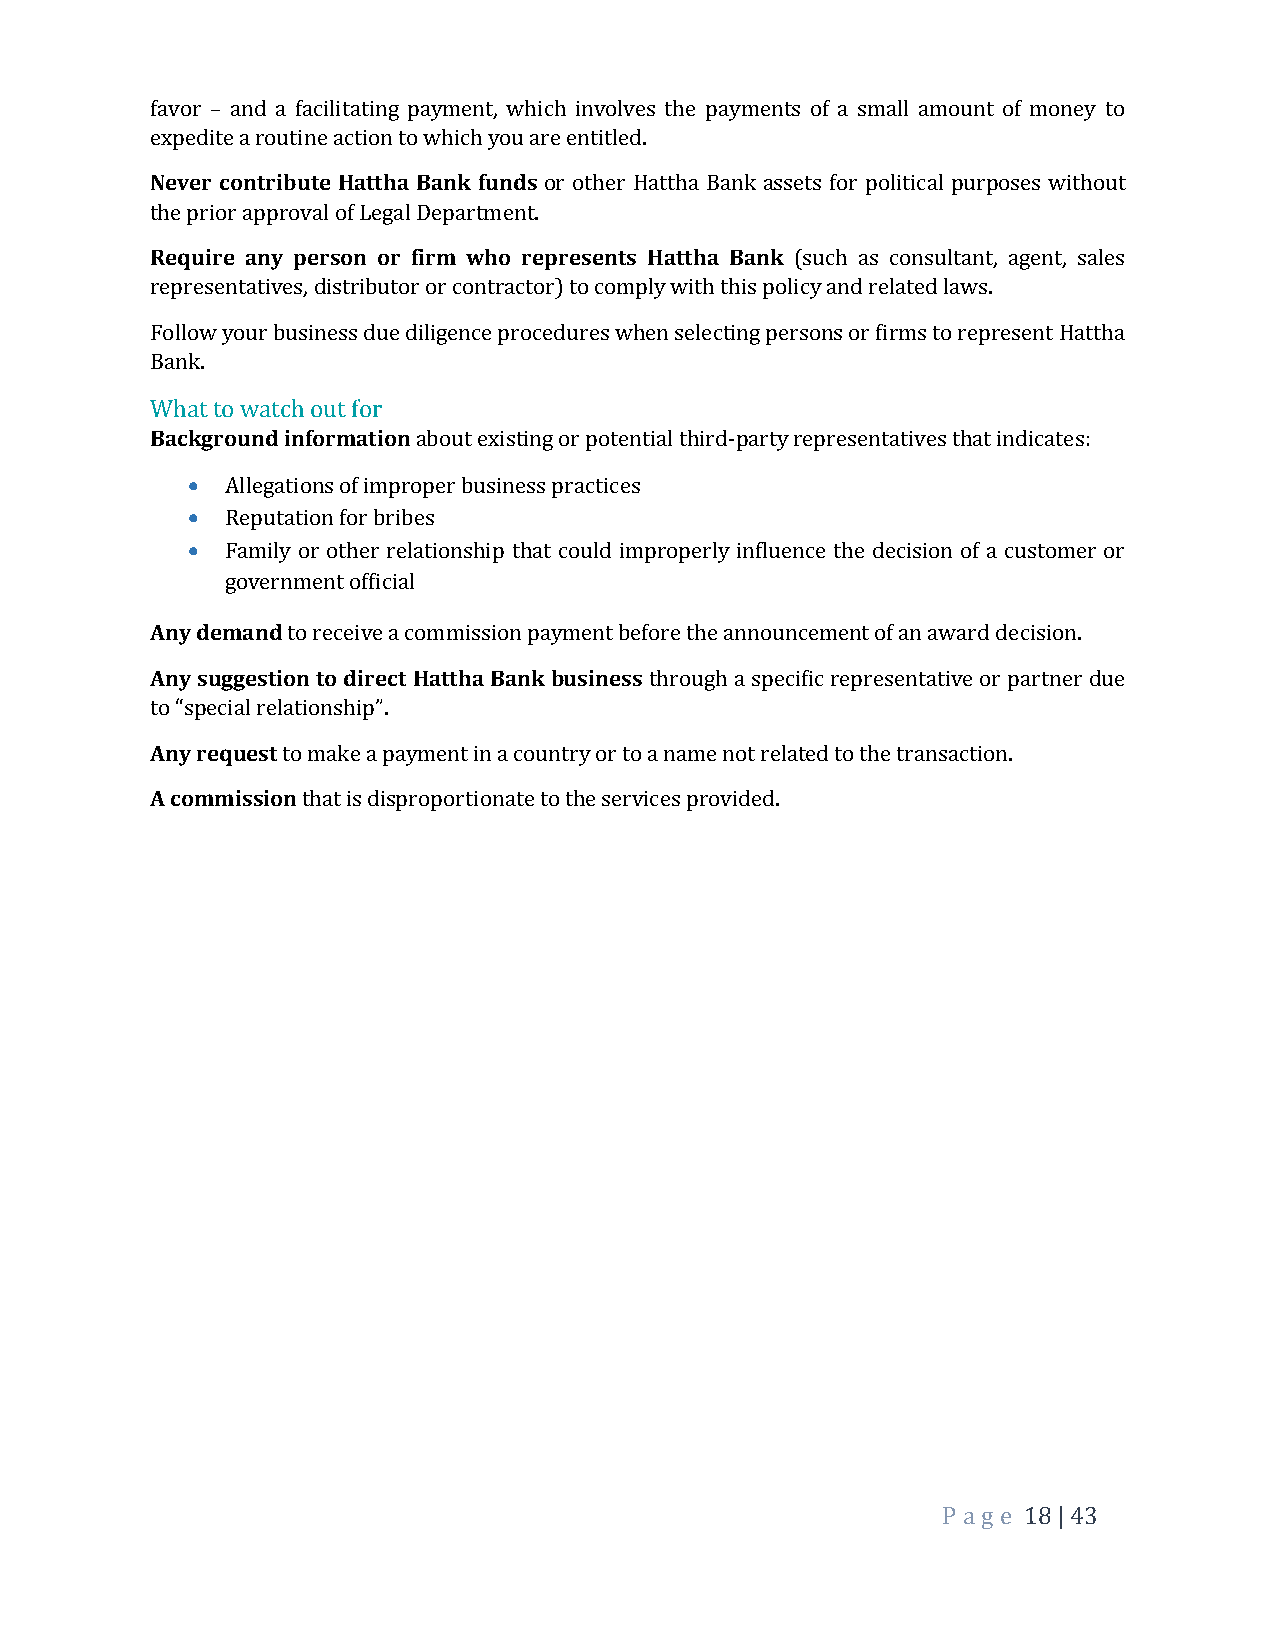
favor – and a facilitating payment, which involves the payments of a small amount of money to
 expedite a routine action to which you are entitled.
 Never contribute Hattha Bank funds or other Hattha Bank assets for political purposes without
 the prior approval of Legal Department.
 Require any person or firm who represents Hattha Bank (such as consultant, agent, sales
 representatives, distributor or contractor) to comply with this policy and related laws.
 Follow your business due diligence procedures when selecting persons or firms to represent Hattha
 Bank.
 What to watch out for
 Background information about existing or potential third-party representatives that indicates:
 •  Allegations of improper business practices
 •  Reputation for bribes
 •  Family or other relationship that could improperly influence the decision of a customer or
 government official
 Any demand to receive a commission payment before the announcement of an award decision.
 Any suggestion to direct Hattha Bank business through a specific representative or partner due
 to “special relationship”.
 Any request to make a payment in a country or to a name not related to the transaction.
 A commission that is disproportionate to the services provided.
 P a ge 18 | 43